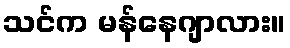
သင်က မန်နေဂျာလား။